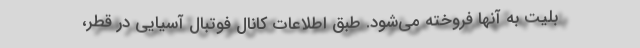
بلیت به آنها فروخته می‌شود. طبق اطلاعات کانال فوتبال آسیایی در قطر،